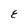
Character: E